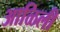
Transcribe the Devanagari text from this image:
आळिली